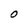
Character: O